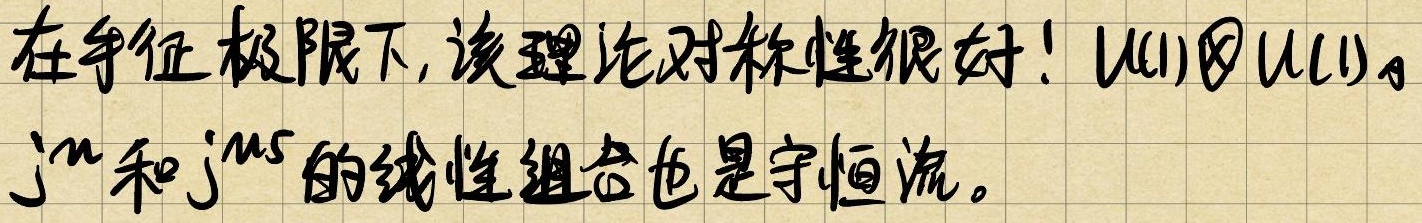
在手征极限下，该理论对称性很好！\(U(1)\otimes U(1)\)。\(j^{\mu}\)和\(j^{\mu 5}\)的线性组合也是守恒流。